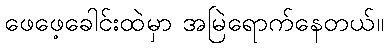
ဖေဖေ့ခေါင်းထဲမှာ အမြဲရောက်နေတယ်။